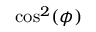
\cos ^ { 2 } ( \phi )